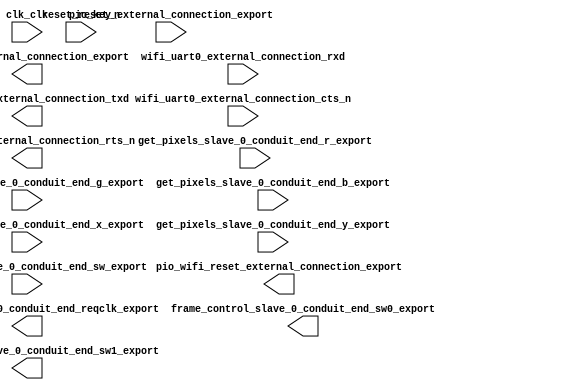

module CPU (
	clk_clk,
	pio_key_external_connection_export,
	pio_led_external_connection_export,
	pio_wifi_reset_external_connection_export,
	reset_reset_n,
	wifi_uart0_external_connection_rxd,
	wifi_uart0_external_connection_txd,
	wifi_uart0_external_connection_cts_n,
	wifi_uart0_external_connection_rts_n,
	get_pixels_slave_0_conduit_end_r_export,
	get_pixels_slave_0_conduit_end_g_export,
	get_pixels_slave_0_conduit_end_b_export,
	get_pixels_slave_0_conduit_end_x_export,
	get_pixels_slave_0_conduit_end_y_export,
	get_pixels_slave_0_conduit_end_sw_export,
	get_pixels_slave_0_conduit_end_reqclk_export,
	frame_control_slave_0_conduit_end_sw0_export,
	frame_control_slave_0_conduit_end_sw1_export);	

	input		clk_clk;
	input	[1:0]	pio_key_external_connection_export;
	output	[3:0]	pio_led_external_connection_export;
	output		pio_wifi_reset_external_connection_export;
	input		reset_reset_n;
	input		wifi_uart0_external_connection_rxd;
	output		wifi_uart0_external_connection_txd;
	input		wifi_uart0_external_connection_cts_n;
	output		wifi_uart0_external_connection_rts_n;
	input	[7:0]	get_pixels_slave_0_conduit_end_r_export;
	input	[7:0]	get_pixels_slave_0_conduit_end_g_export;
	input	[7:0]	get_pixels_slave_0_conduit_end_b_export;
	input	[10:0]	get_pixels_slave_0_conduit_end_x_export;
	input	[10:0]	get_pixels_slave_0_conduit_end_y_export;
	input		get_pixels_slave_0_conduit_end_sw_export;
	output		get_pixels_slave_0_conduit_end_reqclk_export;
	output		frame_control_slave_0_conduit_end_sw0_export;
	output		frame_control_slave_0_conduit_end_sw1_export;
endmodule